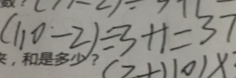
( 1 1 0 - 2 ) \div 3 + 1 = 3 7